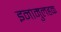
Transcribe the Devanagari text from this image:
इनामुलहक